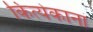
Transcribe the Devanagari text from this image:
कित्येकाना